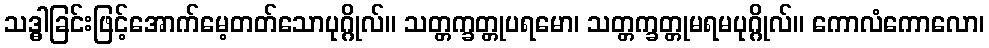
သဒ္ဓါခြင်းဖြင့်အောက်မေ့တတ်သောပုဂ္ဂိုလ်။ သတ္တက္ခတ္တုပရမော၊ သတ္တက္ခတ္တုမရမပုဂ္ဂိုလ်။ ကောလံကောလော၊